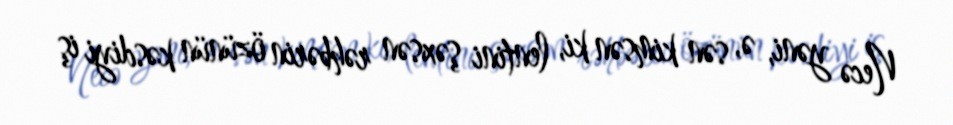
Necə yəni, ə, sən kimsən ki, lentini şəxsən rəhbərin özünün kəsdiyi iş